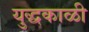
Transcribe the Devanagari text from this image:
युद्धकाळी